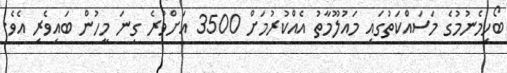
ބޯހިމެނުމުގެ މަސައްކަތުގައި މައުލޫމާތު އެއްކުރުމަށް 3500 އަށްވުރެ ގިނަ މީހުން ބައިވެރި އެވެ.